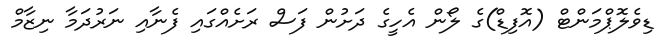
ޑިވެލޮޕްމަންޓް (އޮފިޑް)ގެ ލޯން އެހީގެ ދަށުން ފަސް ރަށެއްގައި ފެނާއި ނަރުދަމާ ނިޒާމް